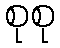
စုစု